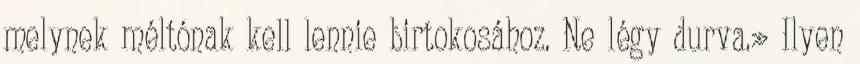
melynek méltónak kell lennie birtokosához. Ne légy durva.» Ilyen